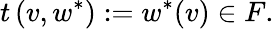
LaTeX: t\left(v,w^{*}\right):=w^{*}(v)\in F.